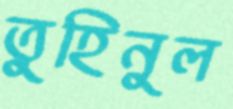
তুহিনুল